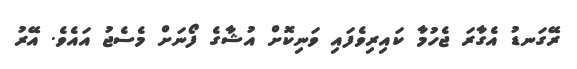
ރޭގަނޑު އެގާރަ ޖެހުމާ ކައިރިވެފައި ވަނިކޮށް އުޝާގެ ފޯނަށް މެސެޖު އައެވެ. އޭރު